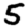
Digit: 5